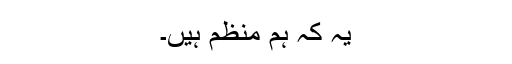
یہ کہ ہم منظم ہیں۔